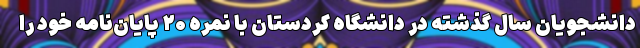
دانشجویان سال گذشته در دانشگاه کردستان با نمره ۲۰ پایان‌نامه خود را